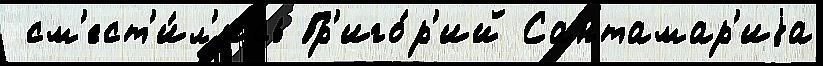
 см'ест'и́л'ись Гр'иго́р'ий Сантамар'иjа